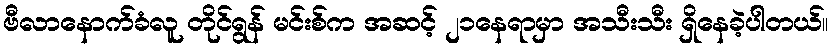
ဗီလာနောက်ခံလူ တိုင်ရွန် မင်းစ်က အဆင့် ၂၁နေရာမှာ အသီးသီး ရှိနေခဲ့ပါတယ်။